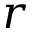
r